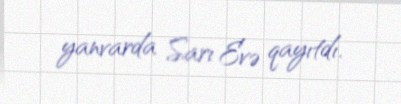
yanvarda Sarı Evə qayıtdı.